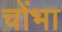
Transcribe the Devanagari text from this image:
चोंभा